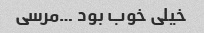
خیلی خوب بود …مرسی